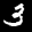
Label: 3